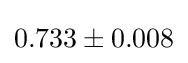
0.733\pm 0.008